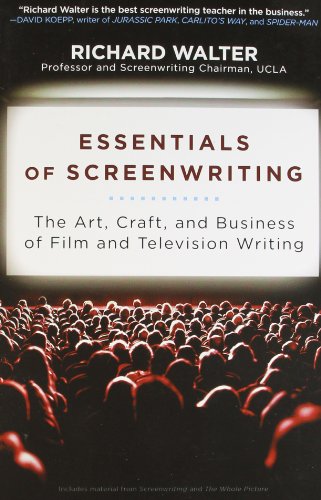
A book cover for Essentials of Screenwriting: The Art, Craft, and Business of Film and Television Writing; Richard Walter; Humor & Entertainment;